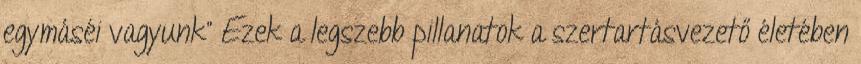
egymáséi vagyunk” Ezek a legszebb pillanatok a szertartásvezető életében